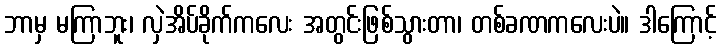
ဘာမှ မကြာဘူး၊ လှဲအိပ်ခိုက်ကလေး အတွင်းဖြစ်သွားတာ၊ တစ်ခဏကလေးပဲ။ ဒါကြောင့်